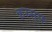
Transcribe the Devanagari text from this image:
कस्सप